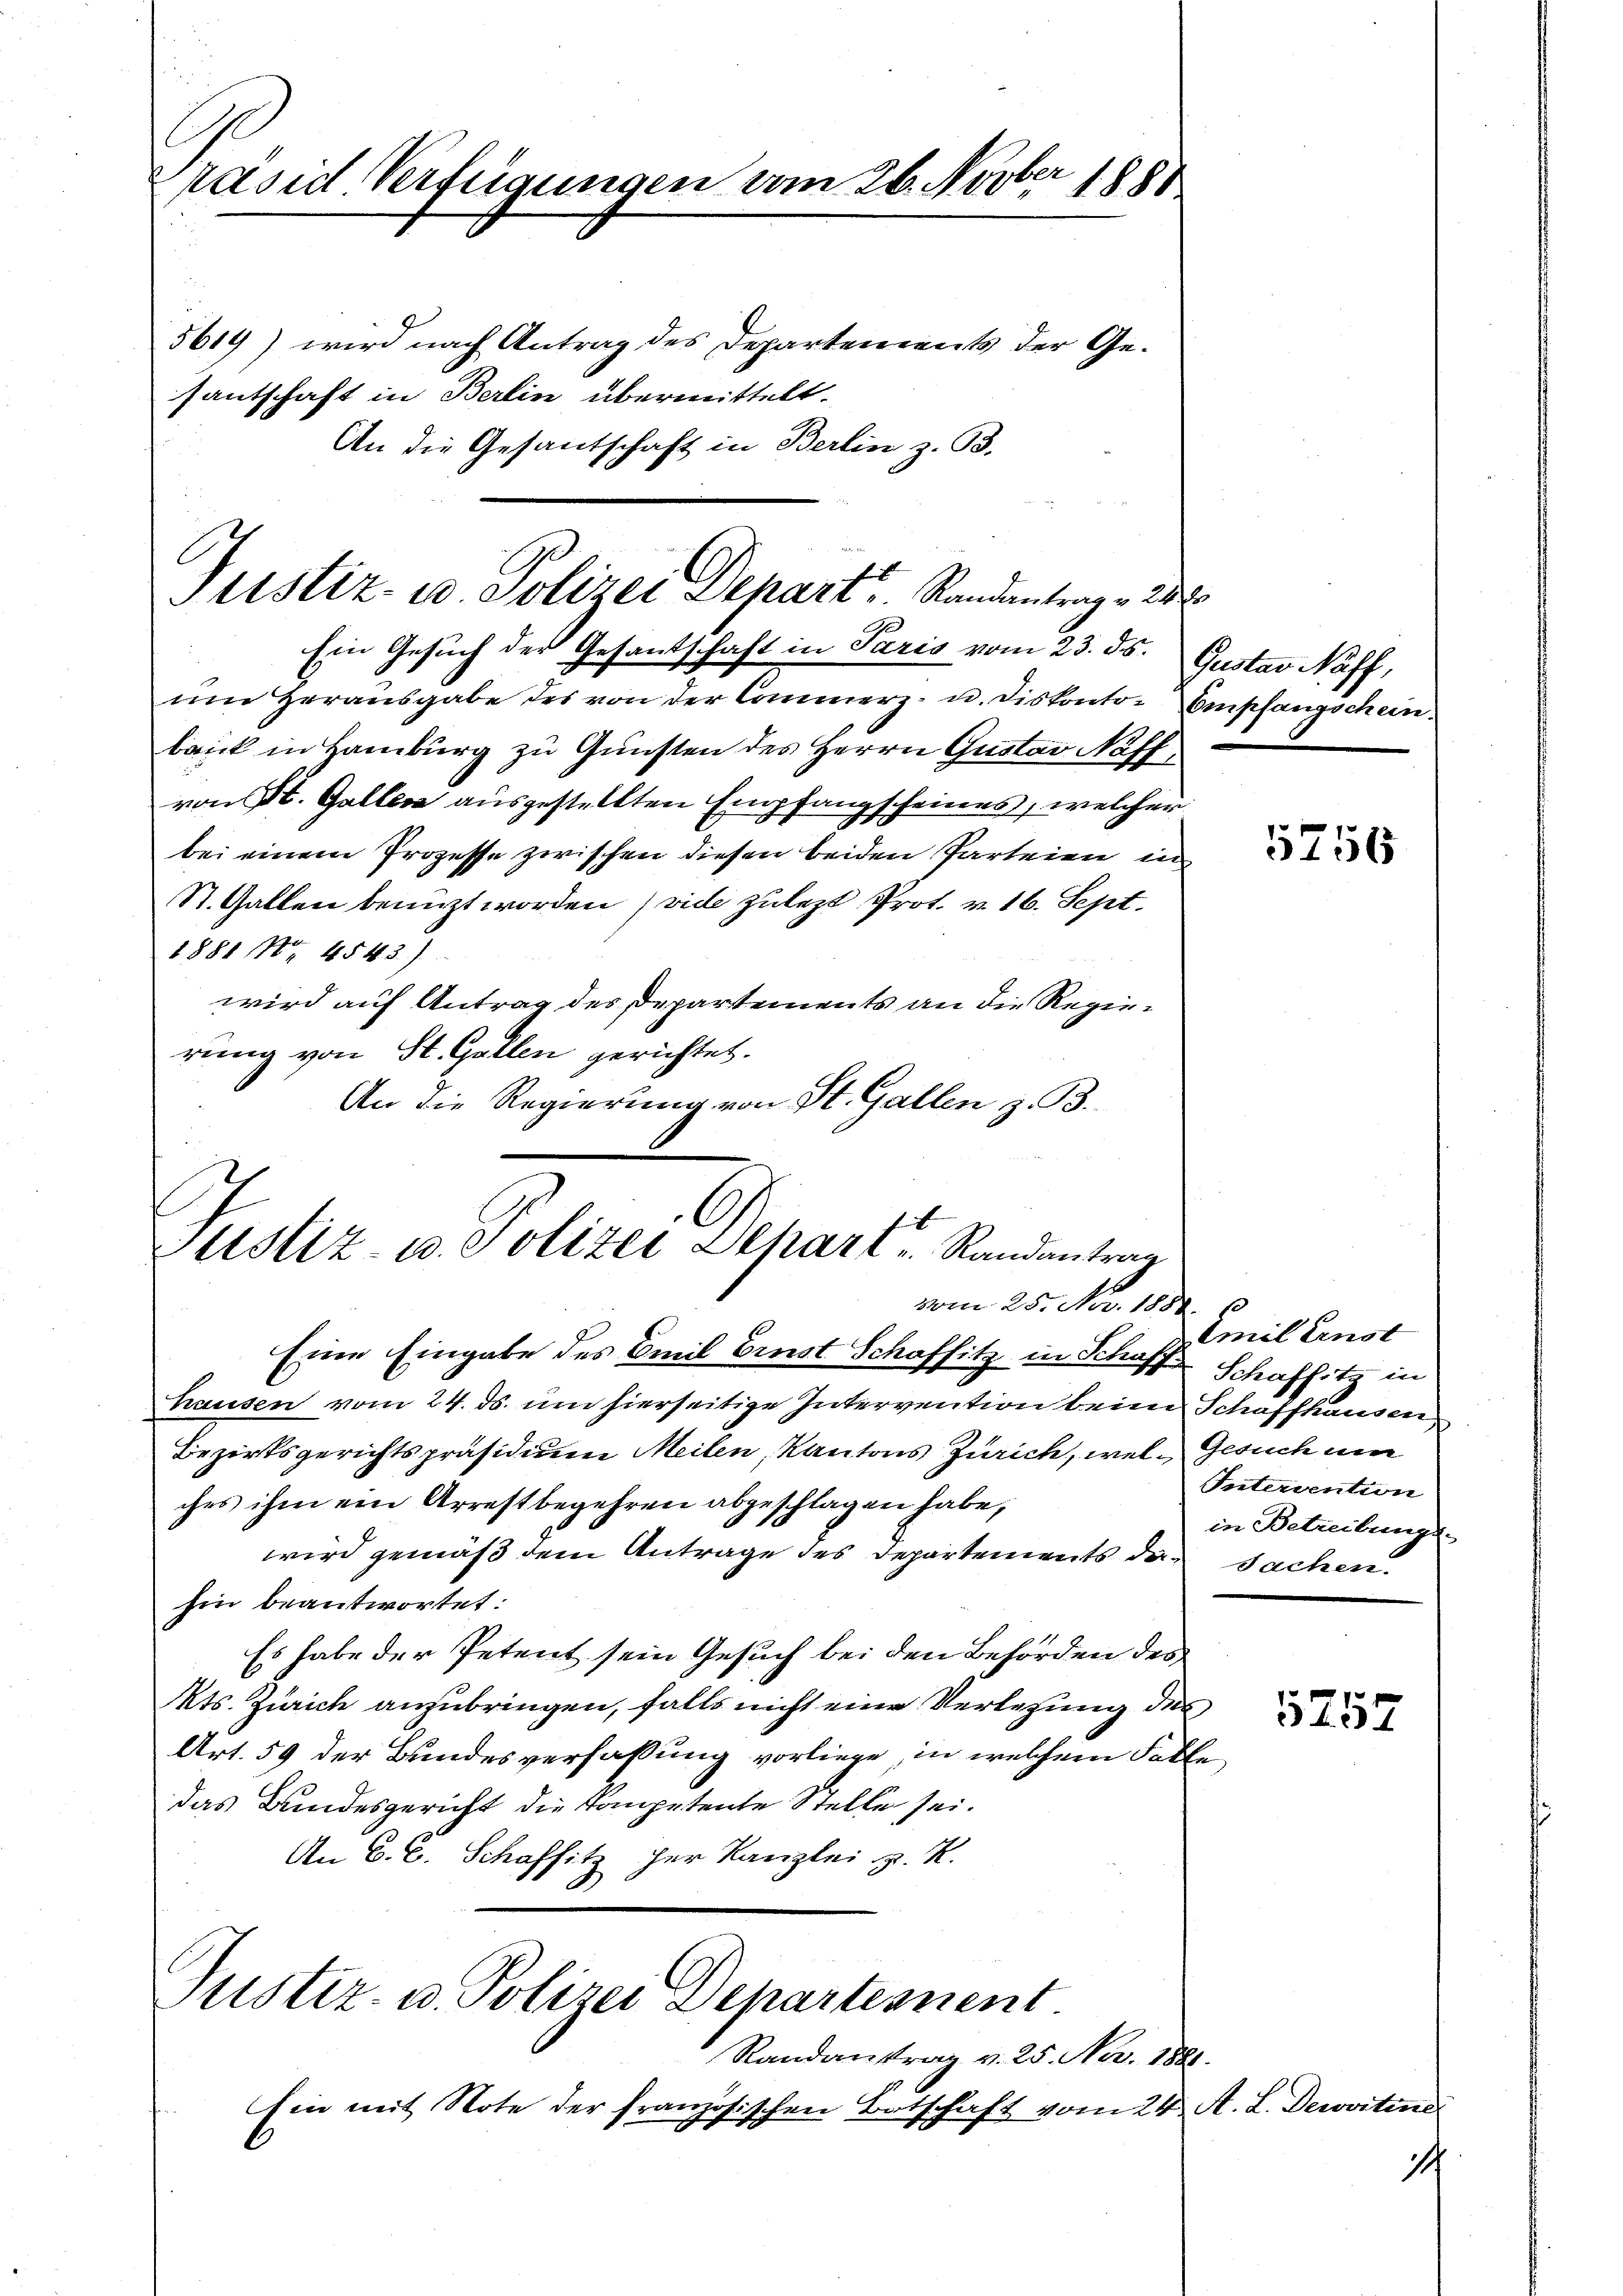
Präsid Verfügungen am 26. Novber 1888
5619) wird nach Antrag des Departements der Gesantschaft in Berlin übermittelt.

An die Gesantschaft in Berlin z. B.

Ein Gesuch der Gesantschaft in Paris vom 23. ds. Gustav Naff,
um Herausgabe des von der Commerz. u. diskonto- Empfangschein.
baick in Hamburg zu Gunsten des Herrn Gustav Naffvon St. Gallen ausgestellten Empfangscheines, welcher
bei einem Prozesse zwischen diesen beiden Parteien in
St. Gallen benuzt worden (vide zulezt Prot. v. 16. Sept.
1881 Nr. 4543)
wird auf Antrag des Departements an die Regierung von St. Gallen gerichtet.
An die Regierung von St. Gallen z. B.

Justiz- u. Polizei Depart Randantrag 282

Zustiz- u. Polizei Separt Randantrag
vom 25. No. 1881. Es
Eine Eingabe des Emil Einst Schafsitz in Schoff Schafsitz in

hausen vom 24. ds. um hierseitige Intervention beim Schaffhausen,
Bezirksgerichtspräsidium Meilen, Kantons Zürich, wel- Gesuch um
ches ihm ein Arrestbegehren abgeschlagen habe,
wird gemäß dem Antrage des Departements die Sachen.
hin beantwortet:
Es habe der Petent sein Gesuch bei den Behörden des
Mts. Zürich anzubringen, falls nicht eine Verlegung des
Art. 59 der Bundesverfassung vorliege, in welchem Falle
das Bundesgericht die Kompetente Stelle sei.
An E. E. Schafsitz her Kanzlei z. R.

Justiz- u. Polizei Departement
Randantrag v. 25. No. 1821.

Ein mit Note der französischen Botschaft vom 24. A. L. Deroiten

5756

mil Ernst
Intervention
in Betreibunge

257